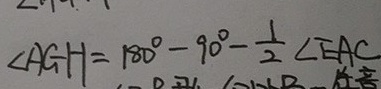
\angle A G H = 1 8 0 ^ { \circ } - 9 0 ^ { \circ } - \frac { 1 } { 2 } \angle E A C